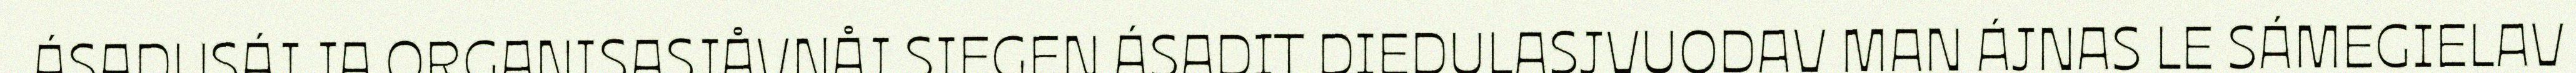
ÁSADUSÁJ JA ORGANISASJÅVNÅJ SIEGEN ÁSADIT DIEDULASJVUODAV MAN ÁJNAS LE SÁMEGIELAV